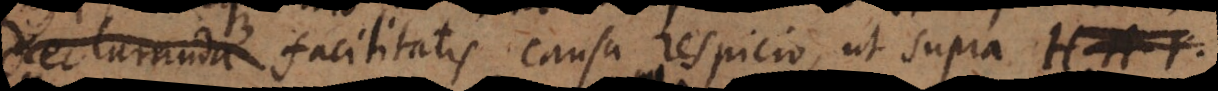
declarantibus facilitatis causa respicio, ut supra H